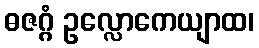
ဓဇဂ္ဂံ ဥလ္လောကေယျာထ၊